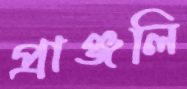
প্রাঞ্জলি